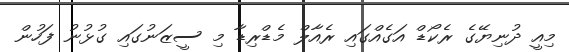
މިއީ ދުނިޔޭގެ ރެކޯޑް އަގެއްގައި ރެއާލް މެޑްރިޑާ މި ސީޒަނުގައި ގުޅުނު ފަހުން